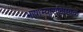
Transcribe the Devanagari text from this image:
भाषाभ्यासविषयक